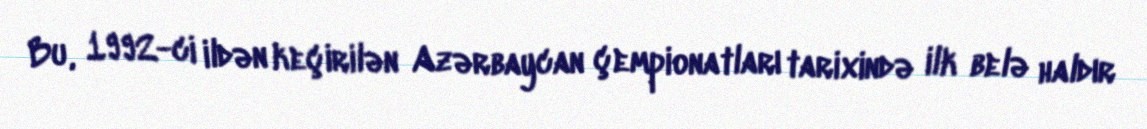
Bu, 1992-ci ildən keçirilən Azərbaycan çempionatları tarixində ilk belə haldır